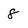
Character: 8